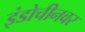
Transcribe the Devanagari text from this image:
इंडोचीनवर